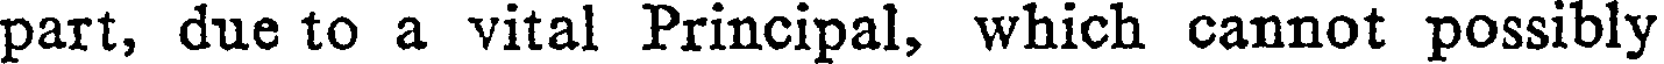
part, due to a vital Principal, which cannot possibly